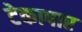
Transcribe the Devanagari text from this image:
टेकापार